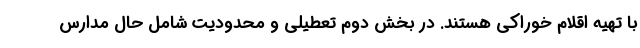
با تهیه اقلام خوراکی هستند. در بخش دوم تعطیلی و محدودیت شامل حال مدارس